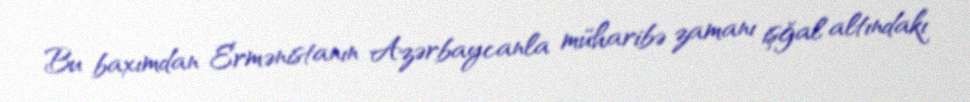
Bu baxımdan Ermənistanın Azərbaycanla müharibə zamanı işğal altındakı